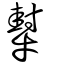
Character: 犎